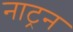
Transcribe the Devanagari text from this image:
नाट्रन